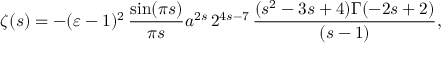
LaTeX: \zeta ( s ) = - ( \varepsilon - 1 ) ^ { 2 } \, \frac { \sin ( \pi s ) } { \pi s } a ^ { 2 s } \, 2 ^ { 4 s - 7 } \, \frac { ( s ^ { 2 } - 3 s + 4 ) \Gamma ( - 2 s + 2 ) } { ( s - 1 ) } ,